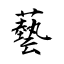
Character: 藝